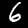
Digit: 6